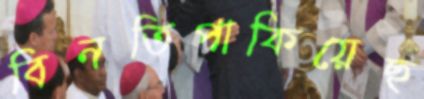
বিনতিপাকিয়েছ